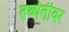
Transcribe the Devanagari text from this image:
तब्येतीवर